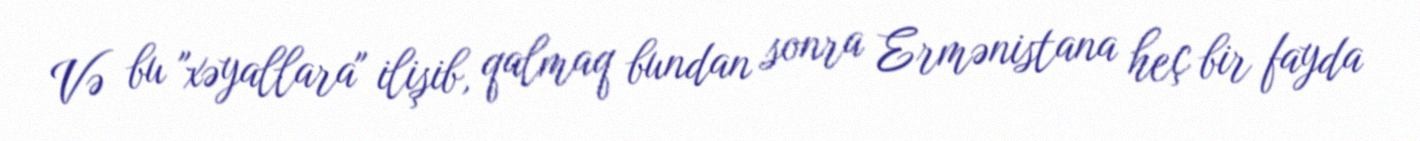
Və bu "xəyallara" ilişib, qalmaq bundan sonra Ermənistana heç bir fayda